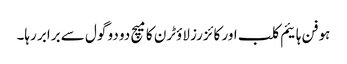
ہوفن ہائیم کلب اور کائزرز لاؤٹرن کا میچ دو دو گول سے برابر رہا۔